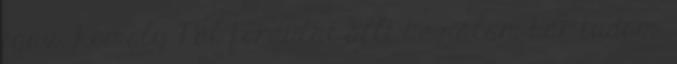
igaz. Komoly Pál fordulat állt be nálam bár tudom,